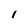
Character: I